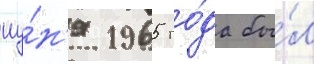
иу́н'я 1965 го́да бы́л